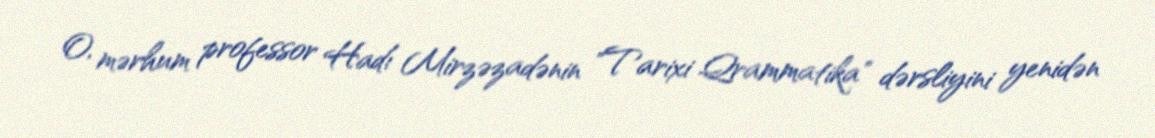
O, mərhum professor Hadı Mirzəzadənin "Tarixi Qrammatika" dərsliyini yenidən